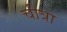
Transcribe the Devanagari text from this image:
चीत्रा